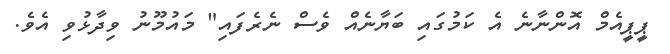
ޕީޕީއެމް އޮންނާނެ އެ ކަމުގައި ބަޔާނެއް ވެސް ނެރެފައި" މައުމޫނު ވިދާޅުވި އެވެ.